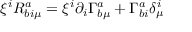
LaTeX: \xi ^ { i } R _ { b i \mu } ^ { a } = \xi ^ { i } \partial _ { i } \Gamma _ { b \mu } ^ { a } + \Gamma _ { b i } ^ { a } \delta _ { \mu } ^ { i }